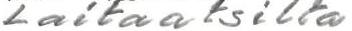
Laitaatsilta